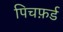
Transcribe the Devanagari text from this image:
पिचफ़र्ड